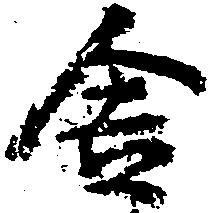
舎